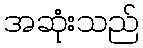
အဆုံးသည်